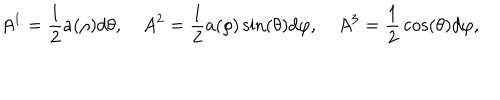
LaTeX: A ^ { 1 } = { \frac { 1 } { 2 } } a ( \rho ) d \theta , \quad A ^ { 2 } = { \frac { 1 } { 2 } } a ( \rho ) \sin ( \theta ) d \varphi , \quad A ^ { 3 } = { \frac { 1 } { 2 } } \cos ( \theta ) d \varphi ,